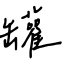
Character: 罐